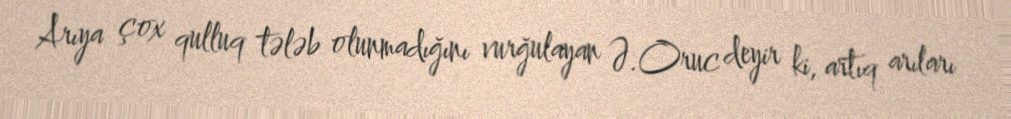
Arıya çox qulluq tələb olunmadığını vurğulayan Ə.Oruc deyir ki, artıq arıları